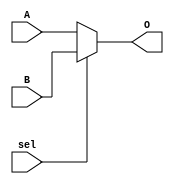

`timescale 1ns/1ns

module Mux2(A, B, sel, O);
    parameter width = 32;
    input sel;
    input  [width - 1:0] A, B;
    output [width - 1:0] O;
    assign O = (sel)? B : A;
endmodule

module Mux4(A, B, C, D, sel, O);
    parameter width = 32;
    input  [1:0] sel;
    input  [width - 1:0] A, B, C, D;
    output [width - 1:0] O;
    
    wire [width - 1:0] w1, w2;
    Mux2 #(width) m1(A, B, sel[0], w1);
    Mux2 #(width) m2(C, D, sel[0], w2);
    Mux2 #(width) m3(w1, w2, sel[1], O);
endmodule

module Mux8(A, B, C, D, E, F, G, H, sel, O);
    parameter width = 32;
    input  [2:0] sel;
    input  [width - 1:0] A, B, C, D, E, F, G, H;
    output [width - 1:0] O;
    
    wire [width - 1:0] w1, w2;
    Mux4 #(width) m1(A, B, C, D, sel[1:0], w1);
    Mux4 #(width) m2(E, F, G, H, sel[1:0], w2);
    Mux2 #(width) m3(w1, w2, sel[2], O);
endmodule